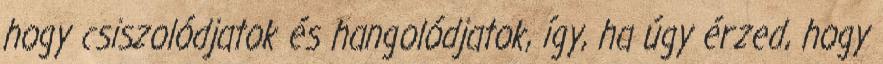
hogy csiszolódjatok és hangolódjatok, így, ha úgy érzed, hogy